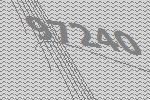
97240